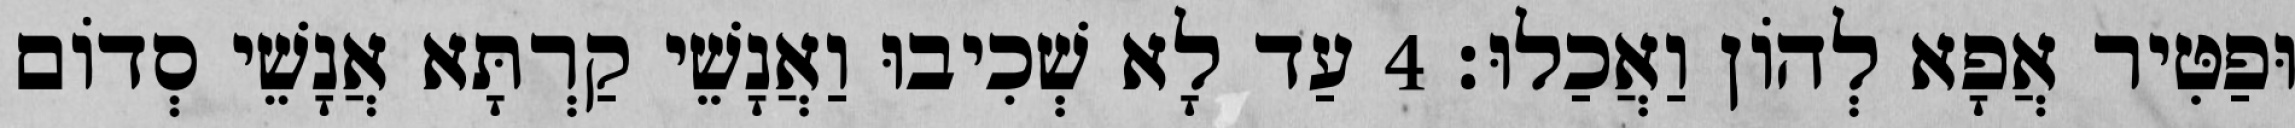
וּפַטִּיר אֲפָא לְהוֹן וַאֲכַלוּ׃ 4 עַד לָא שְׁכִיבוּ וַאֲנָשֵׁי קַרְתָּא אֲנָשֵׁי סְדוֹם